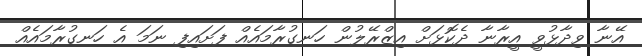
އޭނާ ވިދާޅުވީ އީރާނާ ދެކޮޅަށް އިޒްރޭލުން ހަނގުރާމައެއް ފަށައިފި ނަމަ އެ ހަނގުރާމައެއް